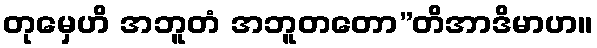
တုမှေဟိ အဘူတံ အဘူတတော”တိအာဒိမာဟ။